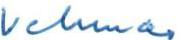
Vehmas